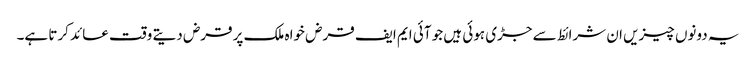
یہ دونوں چیزیں ان شرائط سے جڑی ہوئی ہیں جو آئی ایم ایف قرض خواہ ملک پر قرض دیتے وقت عائد کرتا ہے۔